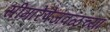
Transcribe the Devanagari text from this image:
सीमारेषेजवळच्या